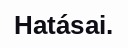
Hatásai.